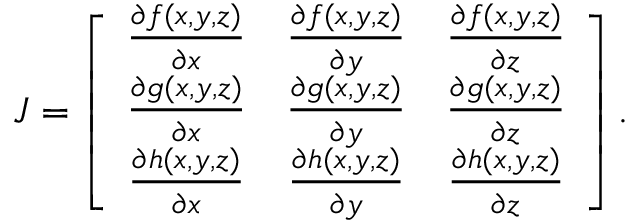
J = \left[ \begin{array} { c c c } { \frac { \partial f ( x , y , z ) } { \partial x } } & { \frac { \partial f ( x , y , z ) } { \partial y } } & { \frac { \partial f ( x , y , z ) } { \partial z } } \\ { \frac { \partial g ( x , y , z ) } { \partial x } } & { \frac { \partial g ( x , y , z ) } { \partial y } } & { \frac { \partial g ( x , y , z ) } { \partial z } } \\ { \frac { \partial h ( x , y , z ) } { \partial x } } & { \frac { \partial h ( x , y , z ) } { \partial y } } & { \frac { \partial h ( x , y , z ) } { \partial z } } \end{array} \right] .